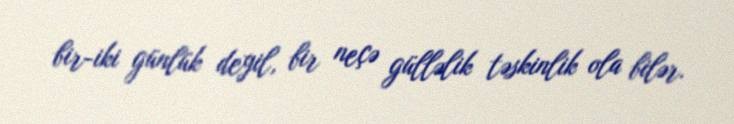
bir-iki günlük deyil, bir neçə gülləlik təskinlik ola bilər.